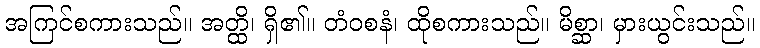
အကြင်စကားသည်။ အတ္ထိ၊ ရှိ၏။ တံဝစနံ၊ ထိုစကားသည်။ မိစ္ဆာ၊ မှားယွင်းသည်။